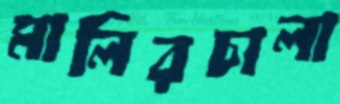
মালিরচালা